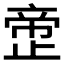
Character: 𰙲